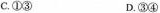
C.①③ D.③④